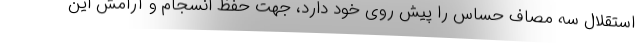
استقلال سه مصاف حساس را پیش روی خود دارد، جهت حفظ انسجام و آرامش این